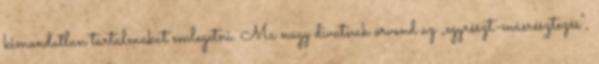
kimondatlan tartalmakat emlegetni. Ma nagy divatnak örvend az „egyrészt-másrésztezés”,